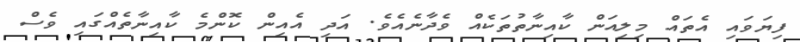
ފިޔަވައި އެތައް މިލިއަން ކާއިނާތުތަކެއް ވެދާނެއެވެ. އަދި އެއިން ކޮންމެ ކާއިނާތެއްގައި ވެސް